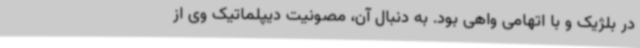
در بلژیک و با اتهامی واهی بود. به دنبال آن، مصونیت دیپلماتیک وی از